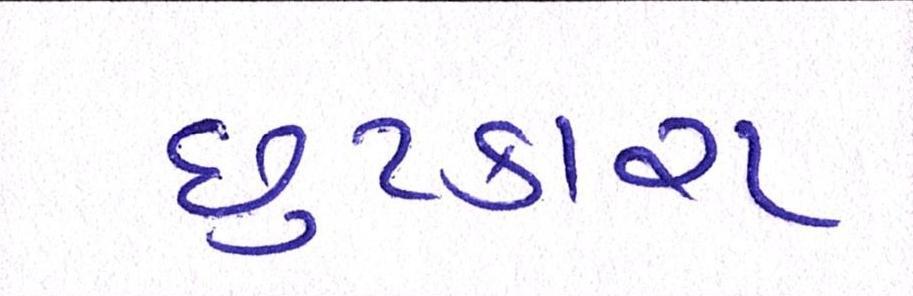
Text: છુટકારા